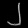
Digit: ၂